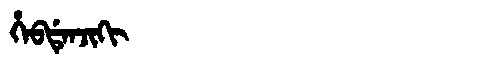
Manchu: ᡥᡝᠪᡩᡝᠨᠵᡳᡴᡳ
Romanization: HEBDENJIKI